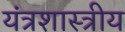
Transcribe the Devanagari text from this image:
यंत्रशास्त्रीय